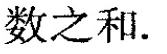
数之和.